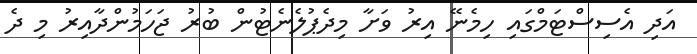
އަދި އެސިސްޓަމްގައި ހިމެނޭ އިރު ވަށާ މިދެޕުލެނެޓުން ބުރު ޖަހަމުންދާއިރު މި ދެ